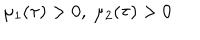
LaTeX: \mu _ { 1 } ( \tau ) > 0 , ~ \mu _ { 2 } ( \tau ) > 0